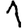
Digit: 1